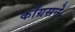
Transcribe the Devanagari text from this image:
काँग्रसने